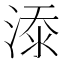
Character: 𣸸